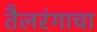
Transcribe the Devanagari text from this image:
तैलरंगाचा